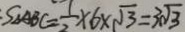
S _ { \Delta A B C } = \frac { 1 } { 2 } \times 6 \times \sqrt { 3 } = 3 \sqrt { 3 }